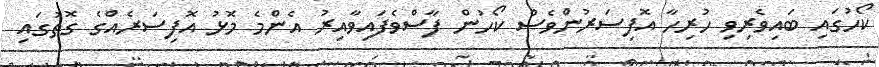
ކޯހުގައި ބައިވެރިވި ހުރިހާ އޮފިސަރުންވެސް ކޯހުން ފާސްވެފައިވާއިރު އެންމެ މޮޅު އޮފިސަރެއްގެ ގޮތުގައި